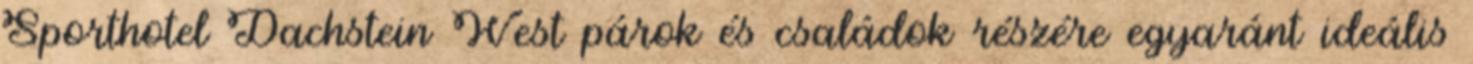
Sporthotel Dachstein West párok és családok részére egyaránt ideális